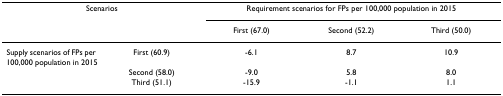
| <COLSPAN=2> Scenarios | <COLSPAN=3> Requirement scenarios for FPs per 100,000 population in 2015 |
 |  |  | First (67.0) | Second (52.2) | Third (50.0) |
 | --- | --- | --- | --- | --- |
 | Supply scenarios of FPs per 100,000 population in 2015 | First (60.9) | -6.1 | 8.7 | 10.9 |
 |  | Second (58.0) | -9.0 | 5.8 | 8.0 |
 |  | Third (51.1) | -15.9 | -1.1 | 1.1 |